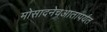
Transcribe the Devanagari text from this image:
मोसादनेचआतापर्यंत